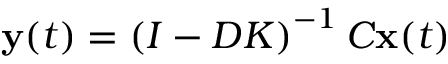
\mathbf { y } ( t ) = \left( I - D K \right) ^ { - 1 } C \mathbf { x } ( t )